Source: Handwritten
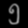
Digit: ၅ (5)